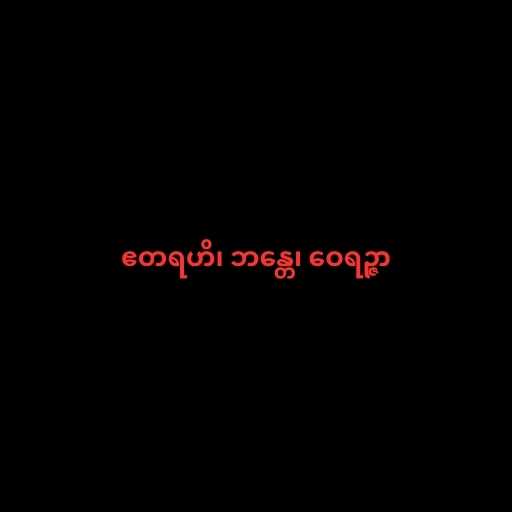
ဧတရဟိ၊ ဘန္တေ၊ ဝေရဉ္ဇာ